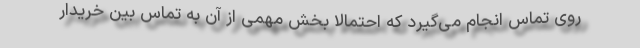
روی تماس انجام می‌گیرد که احتمالا بخش مهمی از آن به تماس بین خریدار